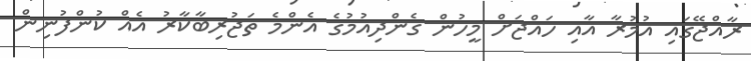
ރާއްޖޭގައި އުމުރާ އާއި ހައްޖަށް މީހުން ގެންދިއުމުގެ އެންމެ ތަޖުރިބާކާރު އެއް ކުންފުނިން